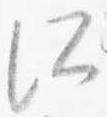
所